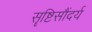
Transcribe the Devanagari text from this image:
सॄष्टिसौंदर्य